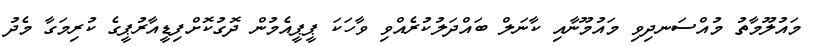
މައުލޫމާތު މުއްސަނދިވި މައުމޫނާއި ކާނަލް ބައްދަލުކުރެއްވި ވާހަކަ ޕީޕީއެމުން ދޮގުކޮށްފިޑީއާރުޕީގެ ކުރިމަގާ މެދު